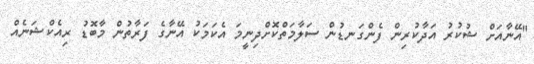
"އޭނާއަށް ޝުކުރު އަދާކުރިން ފެންގަނޑުން ސަލާމަތްކޮށްދިނީމަ އެކަމަކު އޭނާގެ ފަރާތުން މާބޮޑު ރިއެކްޝަނެއް